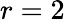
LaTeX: r=2